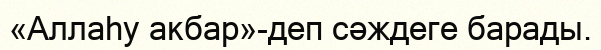
«Аллаһу акбар»-деп сәждеге барады.